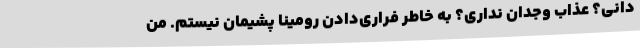
‌دانی؟ عذاب وجدان نداری؟ به خاطر فراری‌دادن رومینا پشیمان نیستم. من